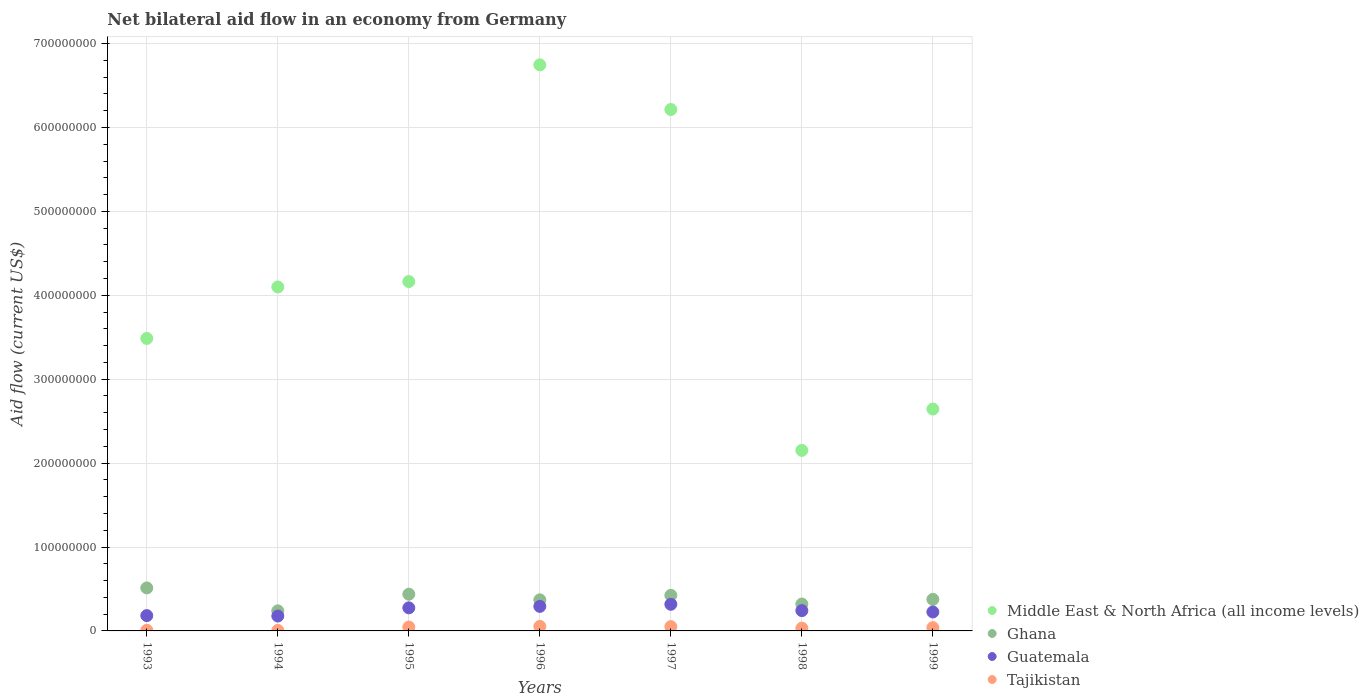
| Years | Middle East & North Africa (all income levels) | Ghana | Guatemala | Tajikistan |
 | --- | --- | --- | --- | --- |
 | 1993 | 3.49e+08 | 5.12e+07 | 1.83e+07 | 7.4e+05 |
 | 1994 | 4.1e+08 | 2.39e+07 | 1.77e+07 | 5.5e+05 |
 | 1995 | 4.16e+08 | 4.37e+07 | 2.75e+07 | 4.62e+06 |
 | 1996 | 6.75e+08 | 3.71e+07 | 2.92e+07 | 5.37e+06 |
 | 1997 | 6.21e+08 | 4.24e+07 | 3.17e+07 | 5.13e+06 |
 | 1998 | 2.15e+08 | 3.20e+07 | 2.42e+07 | 3.32e+06 |
 | 1999 | 2.64e+08 | 3.76e+07 | 2.26e+07 | 3.91e+06 |